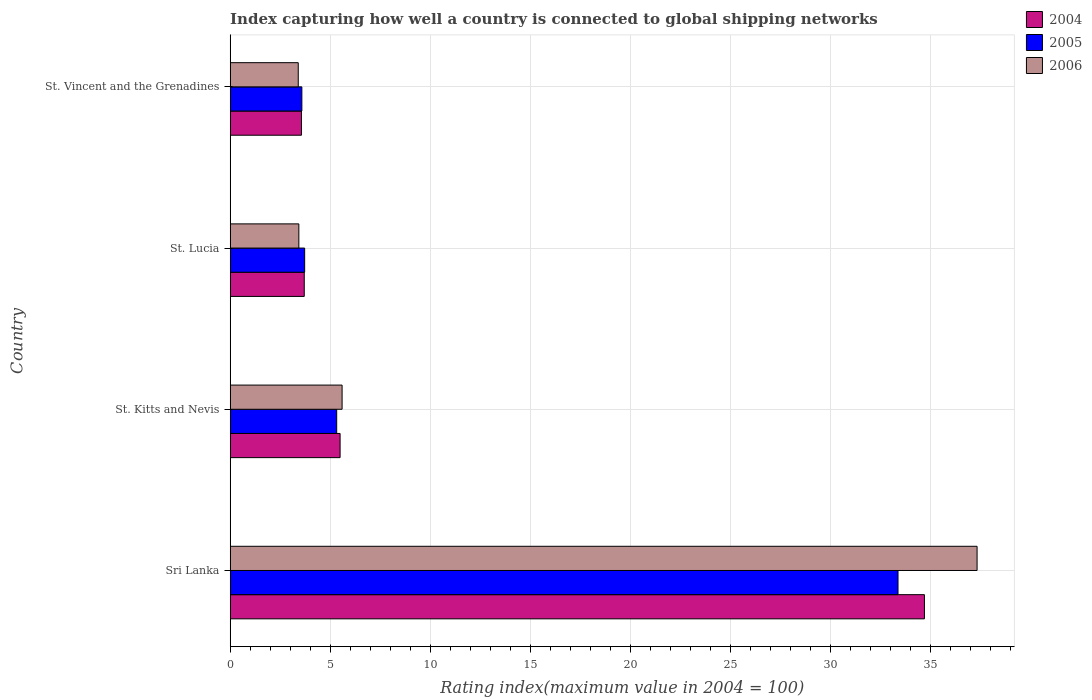
| Country | 2004 | 2005 | 2006 |
 | --- | --- | --- | --- |
 | Sri Lanka | 34.7 | 33.4 | 37.3 |
 | St. Kitts and Nevis | 5.49 | 5.32 | 5.59 |
 | St. Lucia | 3.7 | 3.72 | 3.43 |
 | St. Vincent and the Grenadines | 3.56 | 3.58 | 3.4 |